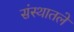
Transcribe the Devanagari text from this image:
संस्थातले